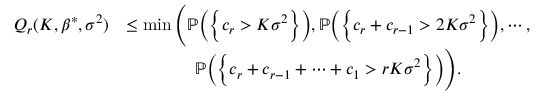
\begin{array} { r l } { Q _ { r } ( K , \beta ^ { * } , \sigma ^ { 2 } ) } & { \leq \operatorname* { m i n } \Bigg ( \mathbb { P } \bigg ( \Big \{ c _ { r } > K \sigma ^ { 2 } \Big \} \bigg ) , \mathbb { P } \bigg ( \Big \{ c _ { r } + c _ { r - 1 } > 2 K \sigma ^ { 2 } \Big \} \bigg ) , \cdots , } \\ & { \quad \quad \quad \quad \mathbb { P } \bigg ( \Big \{ c _ { r } + c _ { r - 1 } + \cdots + c _ { 1 } > r K \sigma ^ { 2 } \Big \} \bigg ) \Bigg ) . } \end{array}